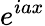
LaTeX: e^{iax}